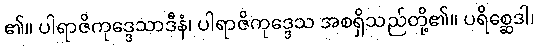
၏။ ပါရာဇိကုဒ္ဒေသာဒီနံ၊ ပါရာဇိကုဒ္ဒေသ အစရှိသည်တို့၏။ ပရိစ္ဆေဒါ၊